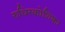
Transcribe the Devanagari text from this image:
रुधिरकोशिका